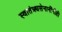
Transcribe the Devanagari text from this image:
स्वातंत्र्यसेनानींनीही